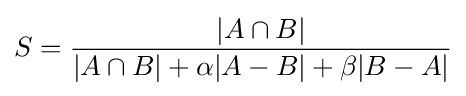
S={\frac {|A\cap B|}{|A\cap B|+\alpha |A-B|+\beta |B-A|}}